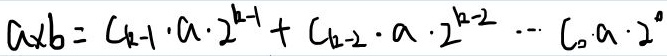
\(a \times b = C_{k - 1} \cdot a \cdot 2^{k - 1} + C_{k - 2} \cdot a \cdot 2^{k - 2} - \cdots - C_{0} \cdot a \cdot 2^{0}\)